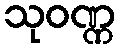
သုဝဏ္ဏ